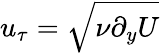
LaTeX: u_{\tau}=\sqrt{\nu\partial_{y}U}